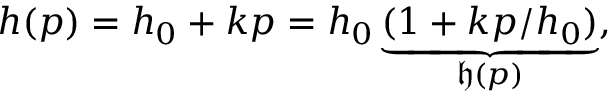
h ( p ) = h _ { 0 } + k p = h _ { 0 } \underbrace { ( 1 + k p / h _ { 0 } ) } _ { \mathfrak { h } ( p ) } ,